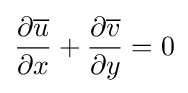
{\partial {\overline {u}} \over \partial x}+{\partial {\overline {v}} \over \partial y}=0